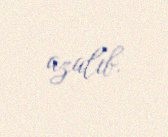
azalıb.